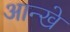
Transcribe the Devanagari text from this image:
आन्खे